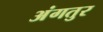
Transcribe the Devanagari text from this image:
अंगतुर